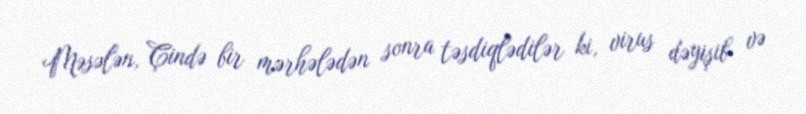
Məsələn, Çində bir mərhələdən sonra təsdiqlədilər ki, virus dəyişib və